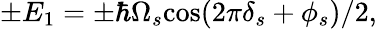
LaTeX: \pm E_{1}=\pm\hbar\Omega_{s}\mathrm{cos}(2\pi\delta_{s}+\phi_{s})/2,